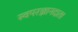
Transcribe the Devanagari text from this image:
स्वपरज्ञानदाता